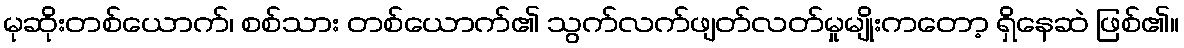
မုဆိုးတစ်ယောက်၊ စစ်သား တစ်ယောက်၏ သွက်လက်ဖျတ်လတ်မှုမျိုးကတော့ ရှိနေဆဲ ဖြစ်၏။